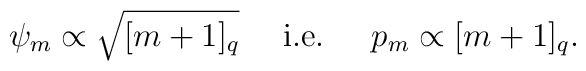
{\psi}_m \propto \sqrt{[m+1]_q} \mbox{ \quad  i.e. \quad } p_m \propto [m+1]_q.